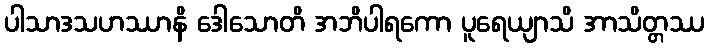
ပါသာဒသဟဿာနိ ဒေါသောတိ အဘိပါရကော ပူရေယျာသိ အာသိတ္တဿ